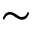
\sim